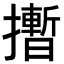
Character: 𪮻